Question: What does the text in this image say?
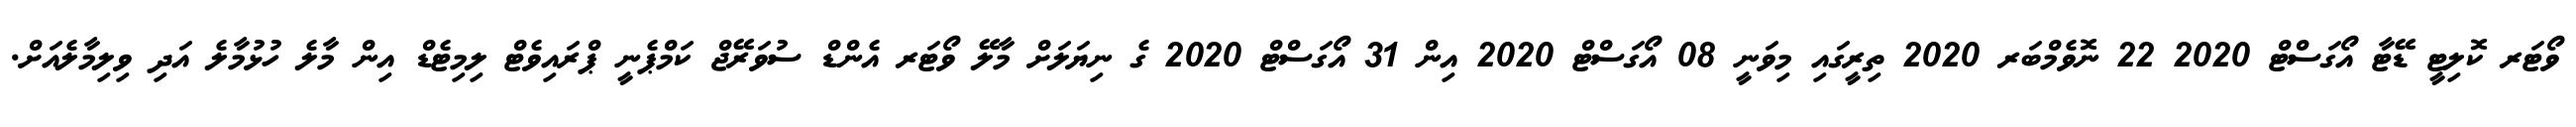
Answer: ވޯޓަރ ކޮލިޓީ ޑޭޓާ އޯގަސްޓް 2020 22 ނޮވެމްބަރ 2020 ތިރީގައި މިވަނީ 08 އޯގަސްޓް 2020 އިން 31 އޯގަސްޓް 2020 ގެ ނިޔަލަށް މާލޭ ވޯޓަރ އެންޑް ސުވަރޭޖް ކަމްޕެނީ ޕްރައިވެޓް ލިމިޓެޑް އިން މާލެ ހުޅުމާލެ އަދި ވިލިމާލެއަށް.